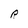
Character: R